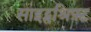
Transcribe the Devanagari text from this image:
साइट्सश्रिफ़्ट